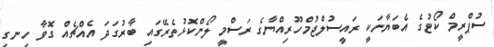
ސުޕްރީމް ކޯޓުގެ އެބަޔާނަކީ ރައީސުލްޖުމްހޫރިއްޔާގެ ރަސްމީ ލޯންކޮޅުތެރޭގައި ބާރުގަދަ އެއްޗެއް ގޮވާ ހިނގި